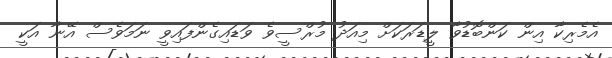
އެމެރިކާ އިން ކަންބޮޑުވާ ލީޑަރަކަށް މިއަދު މުރްސީވެ ވަޑައިގެންފައިވީ ނަމަވެސް އޭނާ އަކީ